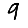
Digit: 9